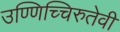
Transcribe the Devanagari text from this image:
उण्णिच्चिरुतेवी